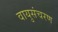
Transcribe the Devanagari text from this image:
वायुसंचरण